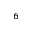
^ { 6 }